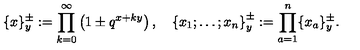
\{ x \} _ { y } ^ { \pm } : = \prod _ { k = 0 } ^ { \infty } \left( 1 \pm q ^ { x + k y } \right) , \quad \left\{ x _ { 1 } ; \ldots ; x _ { n } \right\} _ { y } ^ { \pm } : = \prod _ { a = 1 } ^ { n } \{ x _ { a } \} _ { y } ^ { \pm } .